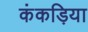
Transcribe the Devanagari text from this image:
कंकड़िया